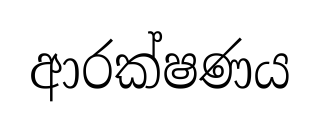
ආරක්ෂණය